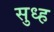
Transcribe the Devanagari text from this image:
सुध्ह